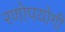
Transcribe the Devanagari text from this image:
रणोपयोगी